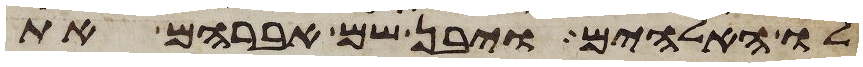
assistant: לו האלהים ויבן שם אברהם את